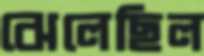
ঝেলেছিল